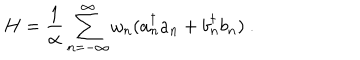
LaTeX: H = \frac { 1 } { \alpha } \sum _ { n = - \infty } ^ { \infty } { \omega _ { n } } ( a _ { n } ^ { \dagger } a _ { n } + b _ { n } ^ { \dagger } b _ { n } ) ~ .